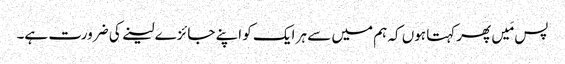
پس مَیں پھرکہتا ہوں کہ ہم میں سے ہر ایک کو اپنے جائزے لینے کی ضرورت ہے۔